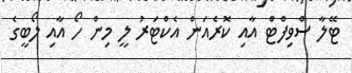
ޓޭލާ ސްވިފްޓް އާއި ކޮރެއަން އެކްޓަރު ލީ މިން ހޯ އާއި ލޯބީގެ